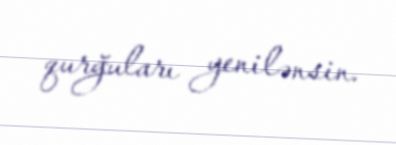
qurğuları yenilənsin.